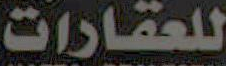
للعقارات